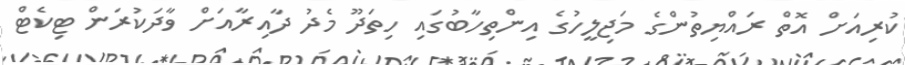
ކުރިއަށް އޮތް ރައްޔިތުންގެ މަޖިލީހުގެ އިންތިހާބުގައި ހިތަދޫ މެދު ދާއިރާއަށް ވާދަކުރަން ޓިކެޓް